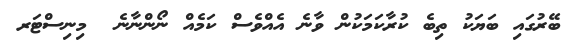
ބޭރުގައި ބަޔަކު ތިބެ ކުރާކަމަކުން ވާނެ އެއްވެސް ކަމެއް ނޯންނާނެ  މިނިސްޓަރ